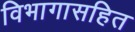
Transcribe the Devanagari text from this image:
विभागासहित